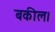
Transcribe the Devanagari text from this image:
बकील।